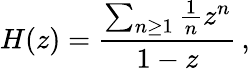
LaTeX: H(z)={\frac{\sum_{n\geq 1}{{\frac{1}{n}}z^{n}}}{1-z}}\, ,